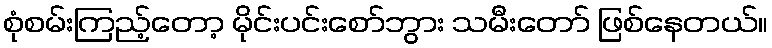
စုံစမ်းကြည့်တော့ မိုင်းပင်းစော်ဘွား သမီးတော် ဖြစ်နေတယ်။